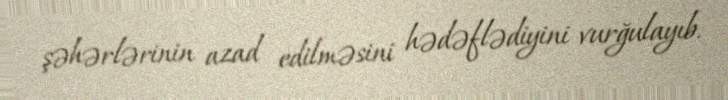
şəhərlərinin azad edilməsini hədəflədiyini vurğulayıb.